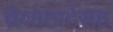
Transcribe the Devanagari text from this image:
ब्रेव्हहार्टसह